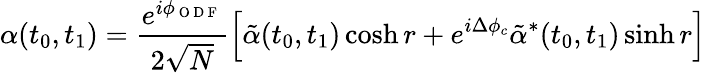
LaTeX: \alpha(t_{0},t_{1})=\frac{e^{i\phi_{\mathrm{~O~D~F~}}}}{2\sqrt{N}}\left[\tilde{\alpha}(t_{0},t_{1})\cosh r+e^{i\Delta\phi_{c}}\tilde{\alpha}^{\ast}(t_{0},t_{1})\sinh r\right]